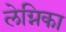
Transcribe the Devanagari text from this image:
लेग्निका